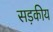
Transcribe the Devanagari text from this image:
सड़कीय